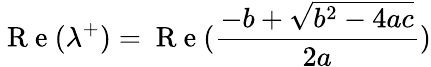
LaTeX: \mathrm{~R~e~}(\lambda^{+})=\mathrm{~R~e~}(\frac{-b+\sqrt{b^{2}-4ac}}{2a})